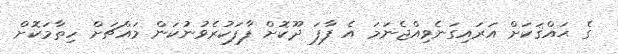
ގެ ޙައްޤަކަށް އަރައިގަނެވިއްޖެނަމަ އެ ފާފަ ދޫކޮށް ފާފަކުރެވުނުކަން މައްޗަށް ހިތާމަކޮށް